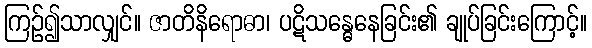
ကြဉ်၍သာလျှင်။ ဇာတိနိရောဓာ၊ ပဋိသန္ဓေနေခြင်း၏ ချုပ်ခြင်းကြောင့်။